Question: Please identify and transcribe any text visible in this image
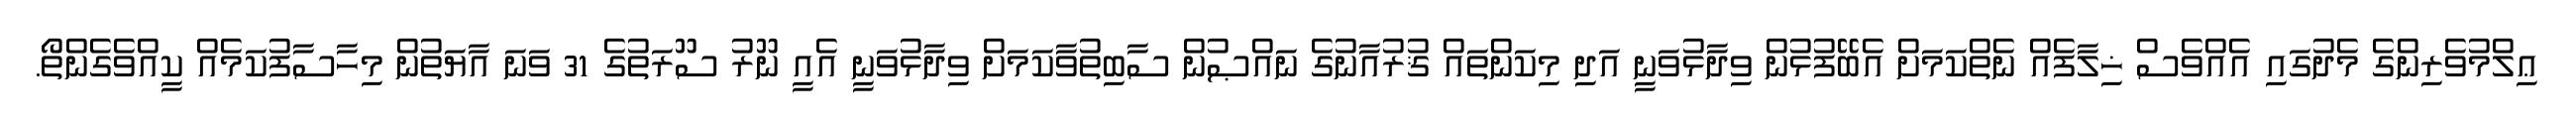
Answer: ޢިލްމުވެރިންގެ މެދުގައި އެއްވެސް ޚިލާފެއް ނެތްކަމަށް އެބޭފުޅުން ވިދާޅުވަނީ އަދި މިކަންތައް ޤުރުއާނުގެ ނައްޞުން ސާބިތުވާކަމަށް ވިދާޅުވަނީ އެއީ ނޫރު ސޫރަތުގެ 31 ވަނަ އާޔަތުން މިހާސާފުކަމެއް ކީއްވެގެންތޯ.